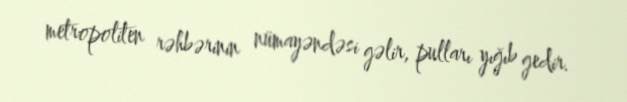
metropoliten rəhbərinin nümayəndəsi gəlir, pulları yığıb gedir.